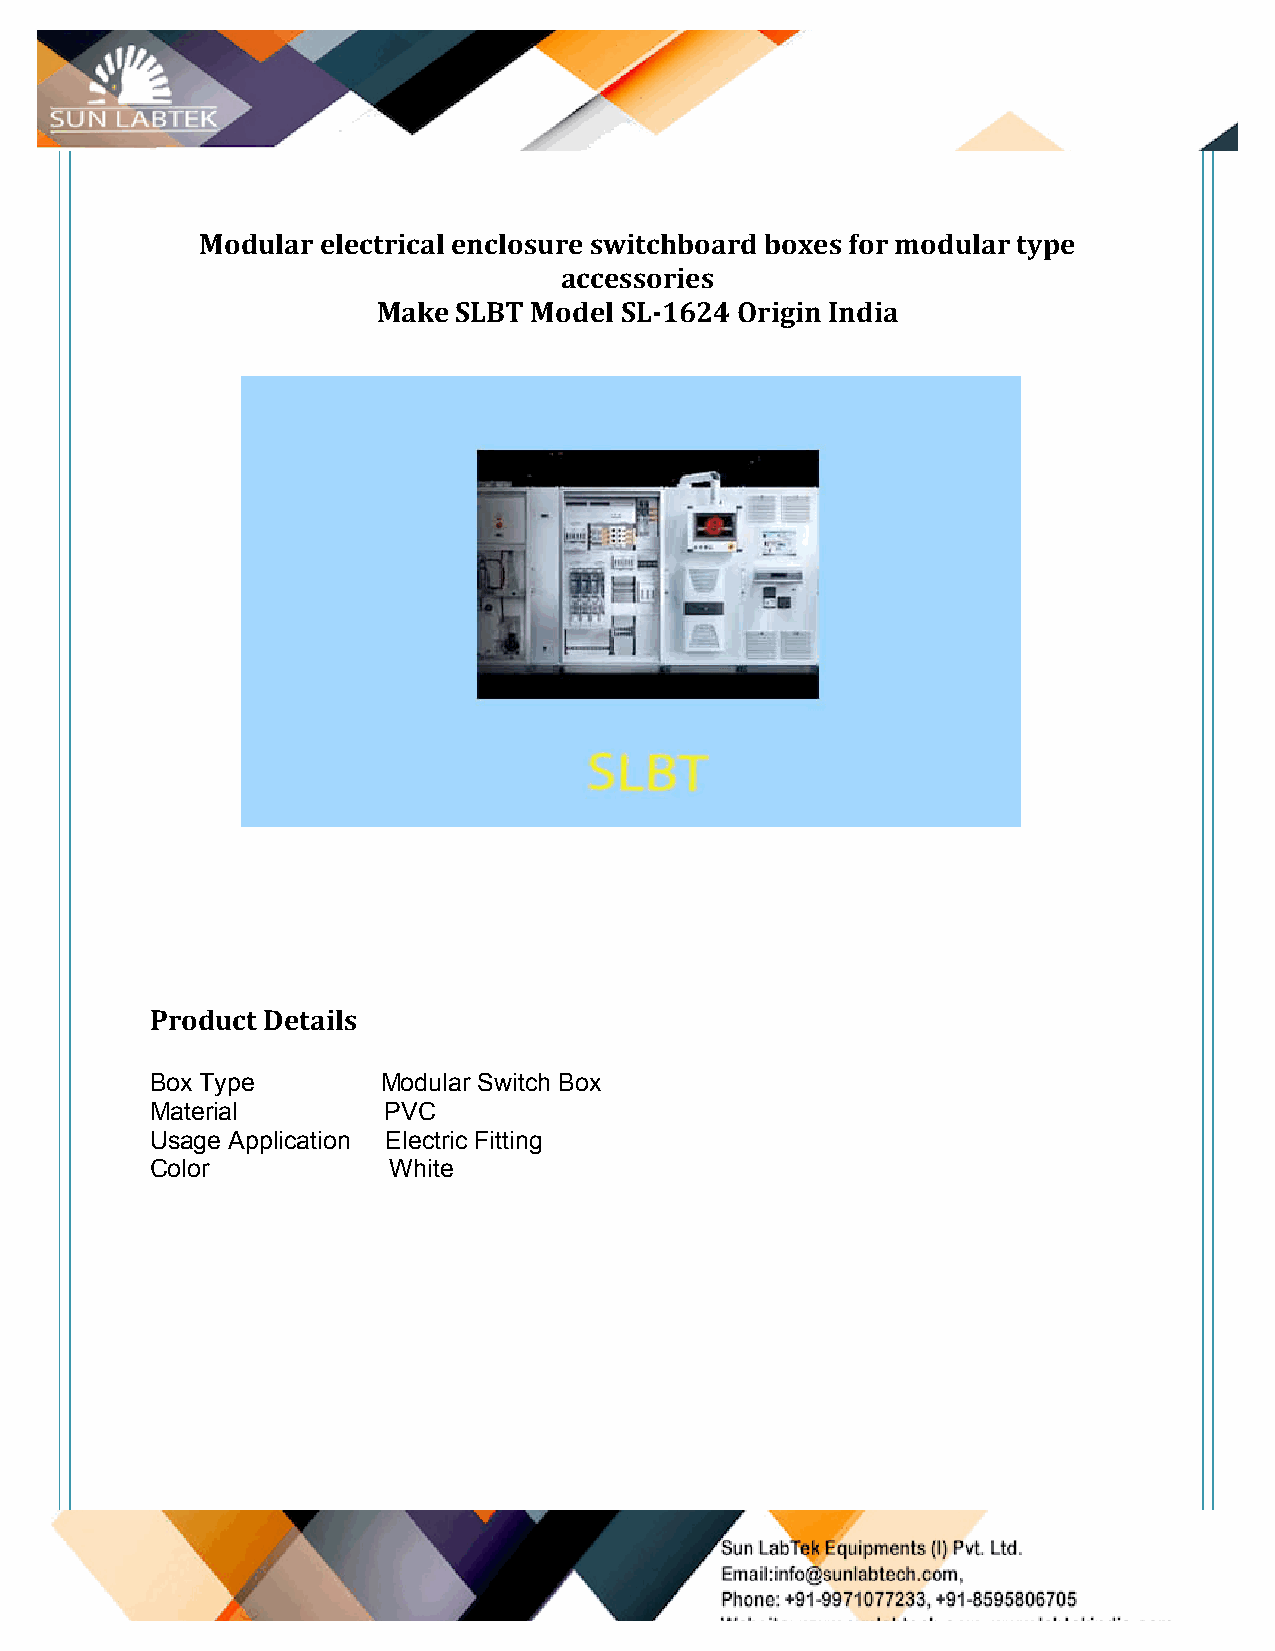
Modular electrical enclosure switchboard boxes for modular type
 accessories
 Make SLBT Model SL-­‐1624 Origin India
 Product Details
 Box Type       Modular Switch Box
 Material       PVC
 Usage Application Electric Fitting
 Color           White